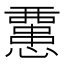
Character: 𢤏